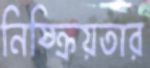
নিষ্ক্রিয়তার